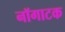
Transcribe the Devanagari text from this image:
नॉगाटक